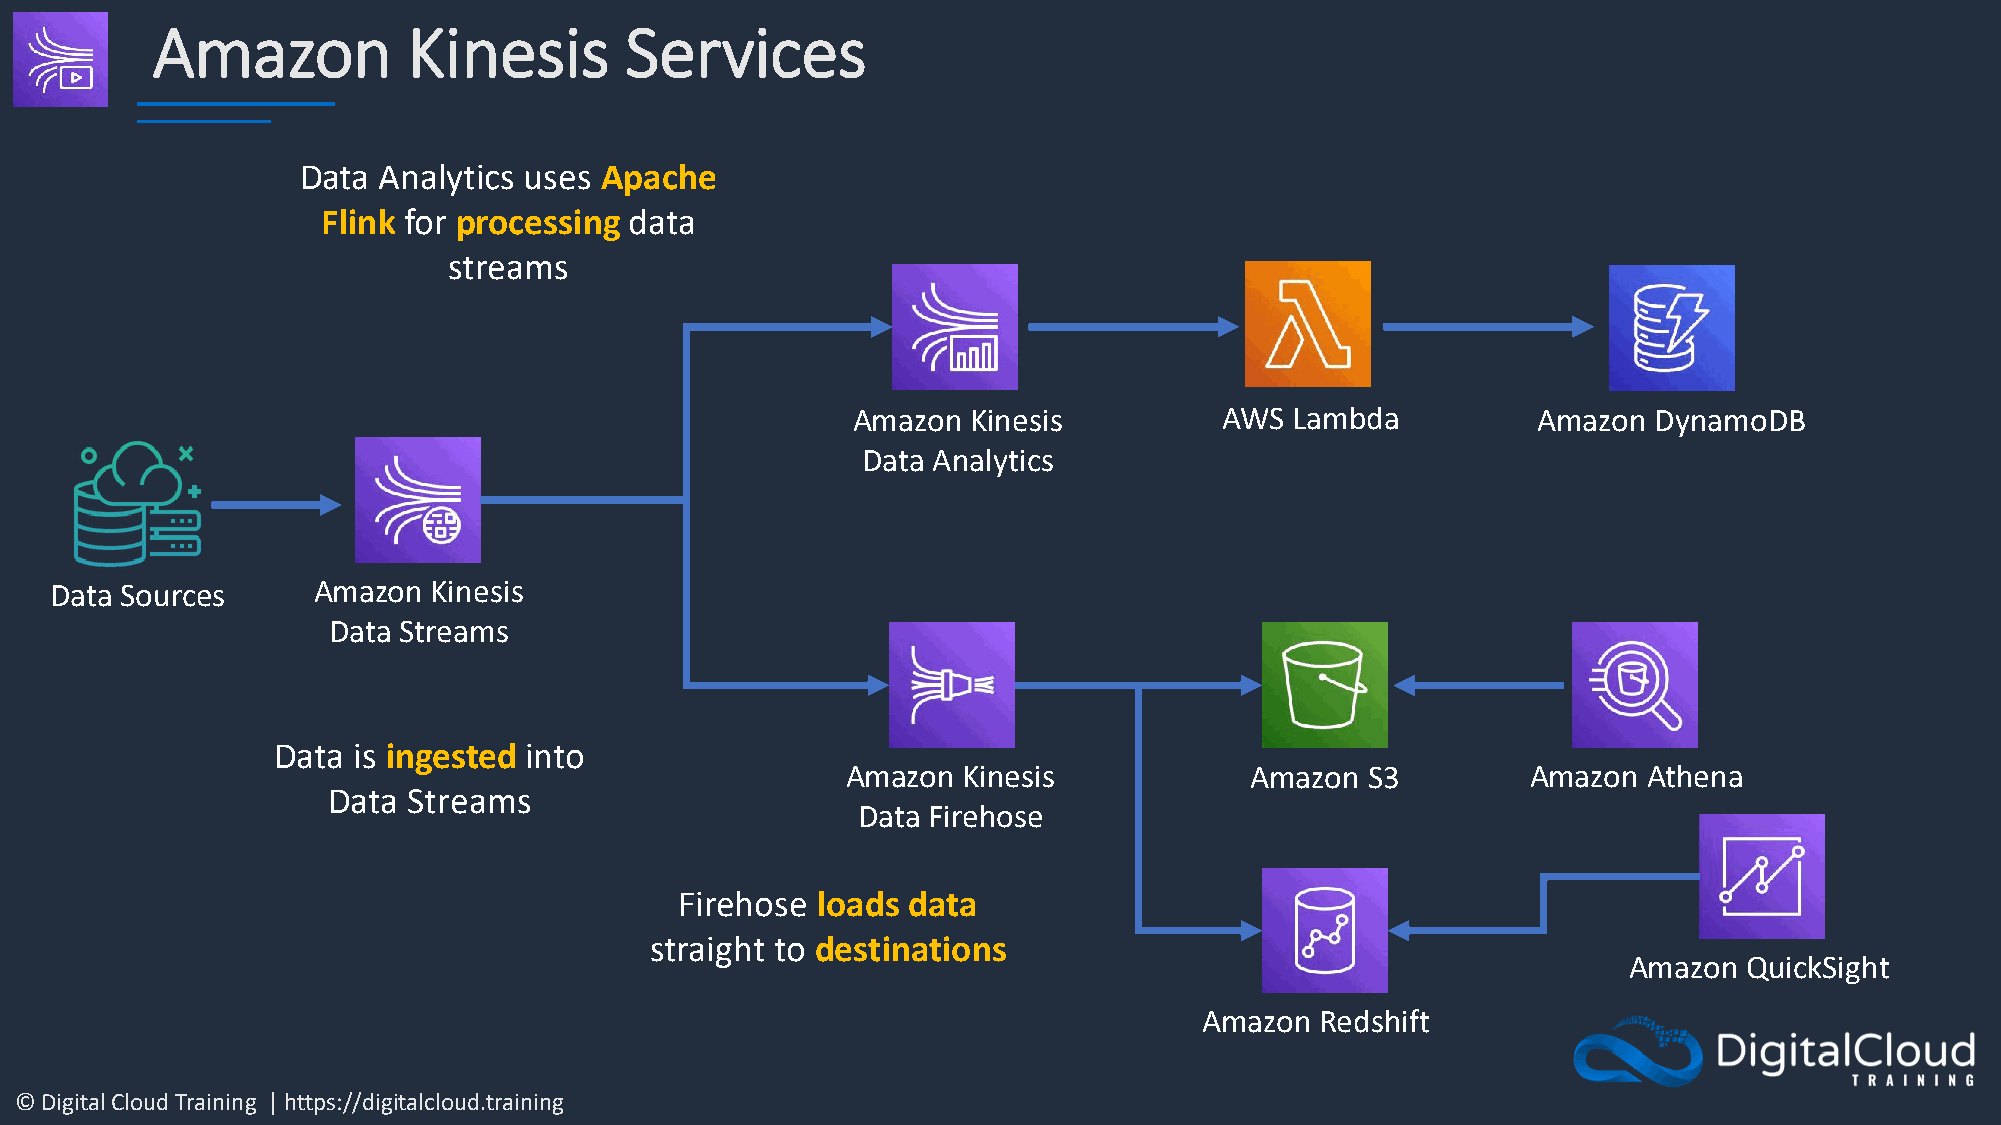
Amazon           Kinesis       Services
 Data Analytics uses Apache
 Flink for processing data
 streams
 Amazon  Kinesis          AWS  Lambda          Amazon DynamoDB
 Data Analytics
 Data Sources      Amazon  Kinesis
 Data Streams
 Data is ingested into
 Amazon  Kinesis            Amazon S3         Amazon  Athena
 Data Streams
 Data Firehose
 Firehose loads data
 straight to destinations
 Amazon  QuickSight
 Amazon Redshift
 © Digital Cloud Training | https://digitalcloud.training